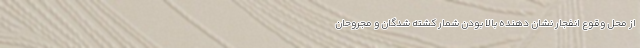
از محل وقوع انفجار نشان دهنده بالا بودن شمار کشته شدگان و مجروحان